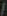
/